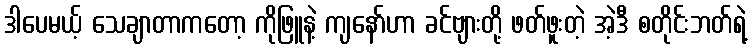
ဒါပေမယ့် သေချာတာကတော့ ကိုဖြူနဲ့ ကျနော်ဟာ ခင်ဗျားတို့ ဖတ်ဖူးတဲ့ အဲ့ဒီ စတိုင်းဘတ်ရဲ့